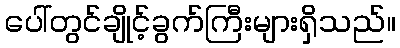
ပေါ်တွင်ချိုင့်ခွက်ကြီးများရှိသည်။